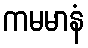
ကမမာနံ